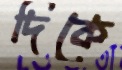
দিকে